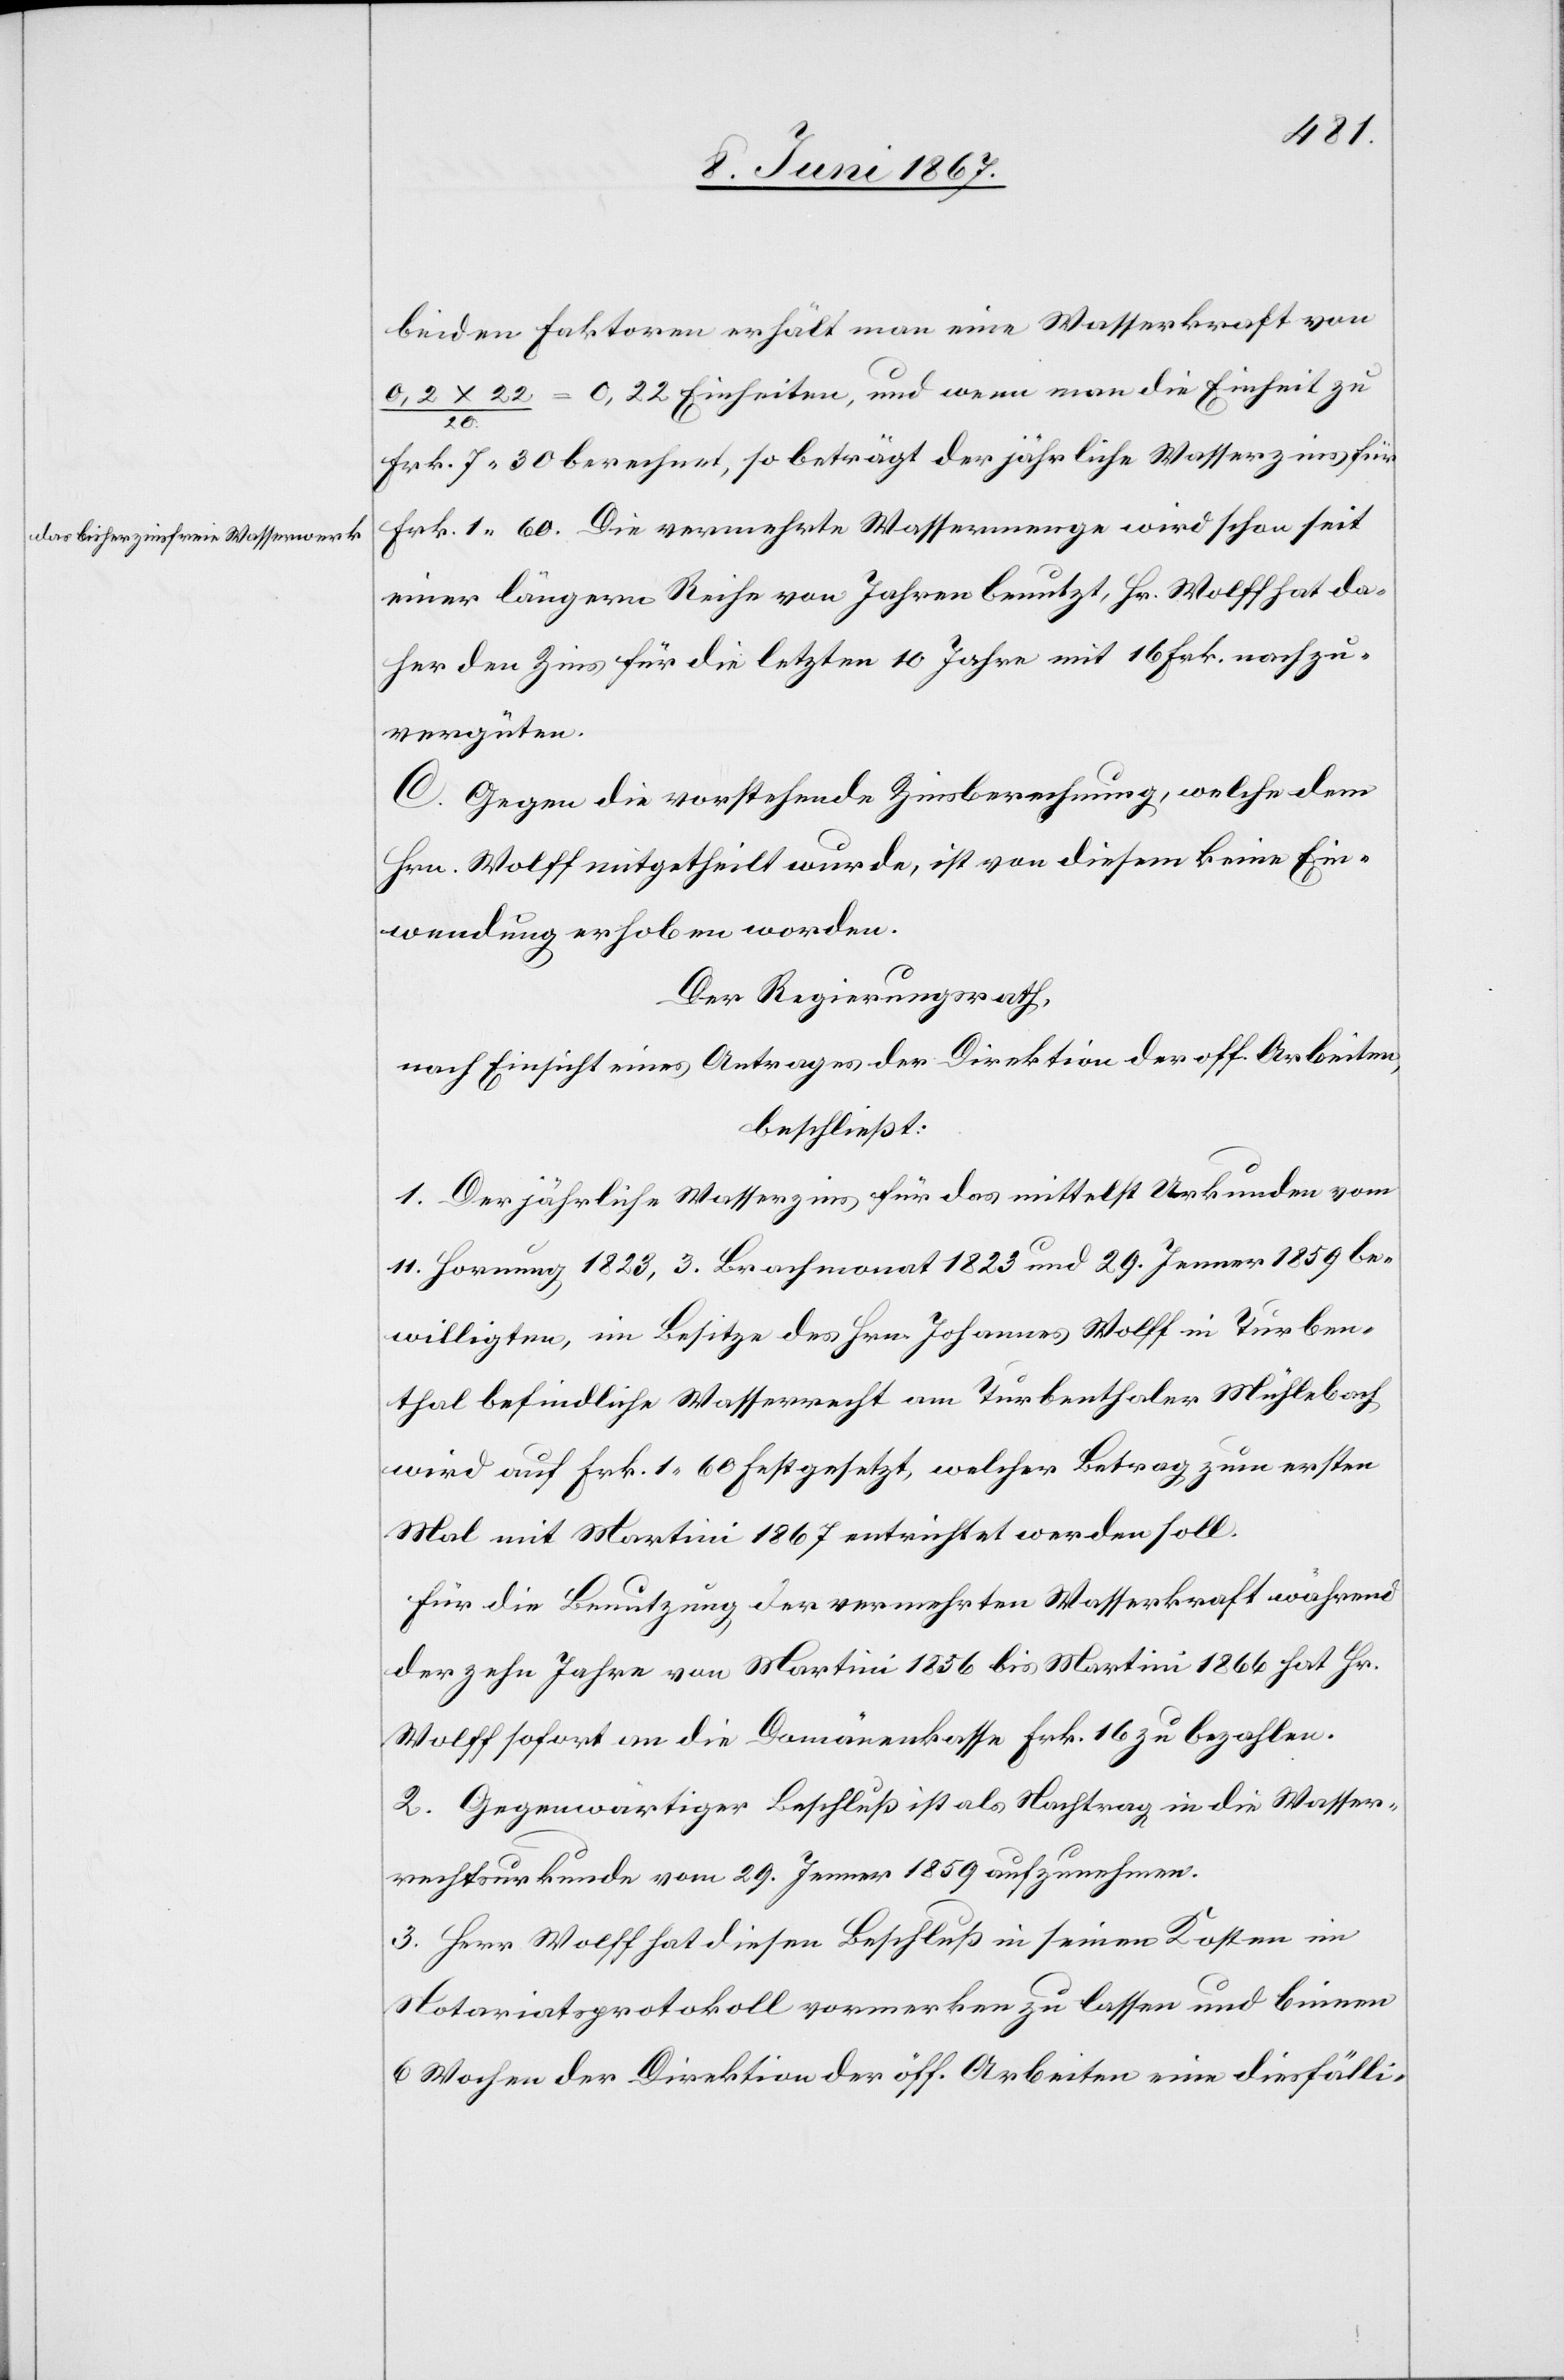
das bisher zinsfreie Wasserwerk

beiden Faktoren erhält man eine Wasserkraft von
= 0,22 Einheiten, und wenn man die Einheit zu
x 22
20
Frk. 7. 30 berechnet, so beträgt der jährliche Wasserzins für
Frk. 1, 60. Die vermehrte Wassermenge wird schon seit
einer längern Reihe von Jahren benutzt, Hr. Wolff hat da¬
her den Zins für die letzten 10 Jahre mit 16 Frk. nachzu¬
vergüten.
C. Gegen die vorstehende Zinsberechnung, welche dem
Hrn. Wolff mitgetheilt wurde, ist von diesem keine Ein¬
wendung erhoben worden.
Der Regierungsrath,
nach Einsicht eines Antrages der Direktion der öff. Arbeiten,
beschließt:
1. Der jährliche Wasserzins für das mittelst Urkunden vom
11. Hornung 1823, 3. Brachmonat 1823 und 29. Jenner 1859 be¬
willigten, im Besitze des Hrn. Johannes Wolff in Turben¬
thal befindliche Wasserrecht am Turbenthaler Mühlebach
wird auf Frk. 1, 60 festgesetzt, welcher Betrag zum ersten
Mal mit Martini 1867 entrichtet werden soll.
Für die Benutzung der vermehrten Wasserkraft während
der zehn Jahre von Martini 1856 bis Martini 1866 hat Hr.
Wolff sofort an die Domänenkasse Frk. 16 zu bezahlen.
2. Gegenwärtiger Beschluß ist als Nachtrag in die Wasser¬
rechtsurkunde vom 29. Jenner 1859 aufzunehmen.
3. Herr Wolff hat diesen Beschluß in seinen Kosten im
Notariatsprotokoll vormerken zu lassen und binnen
6 Wochen der Direktion der öff. Arbeiten eine diesfälli-